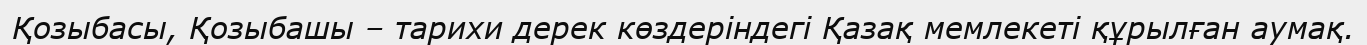
Қозыбасы, Қозыбашы – тарихи дерек көздеріндегі Қазақ мемлекеті құрылған аумақ.